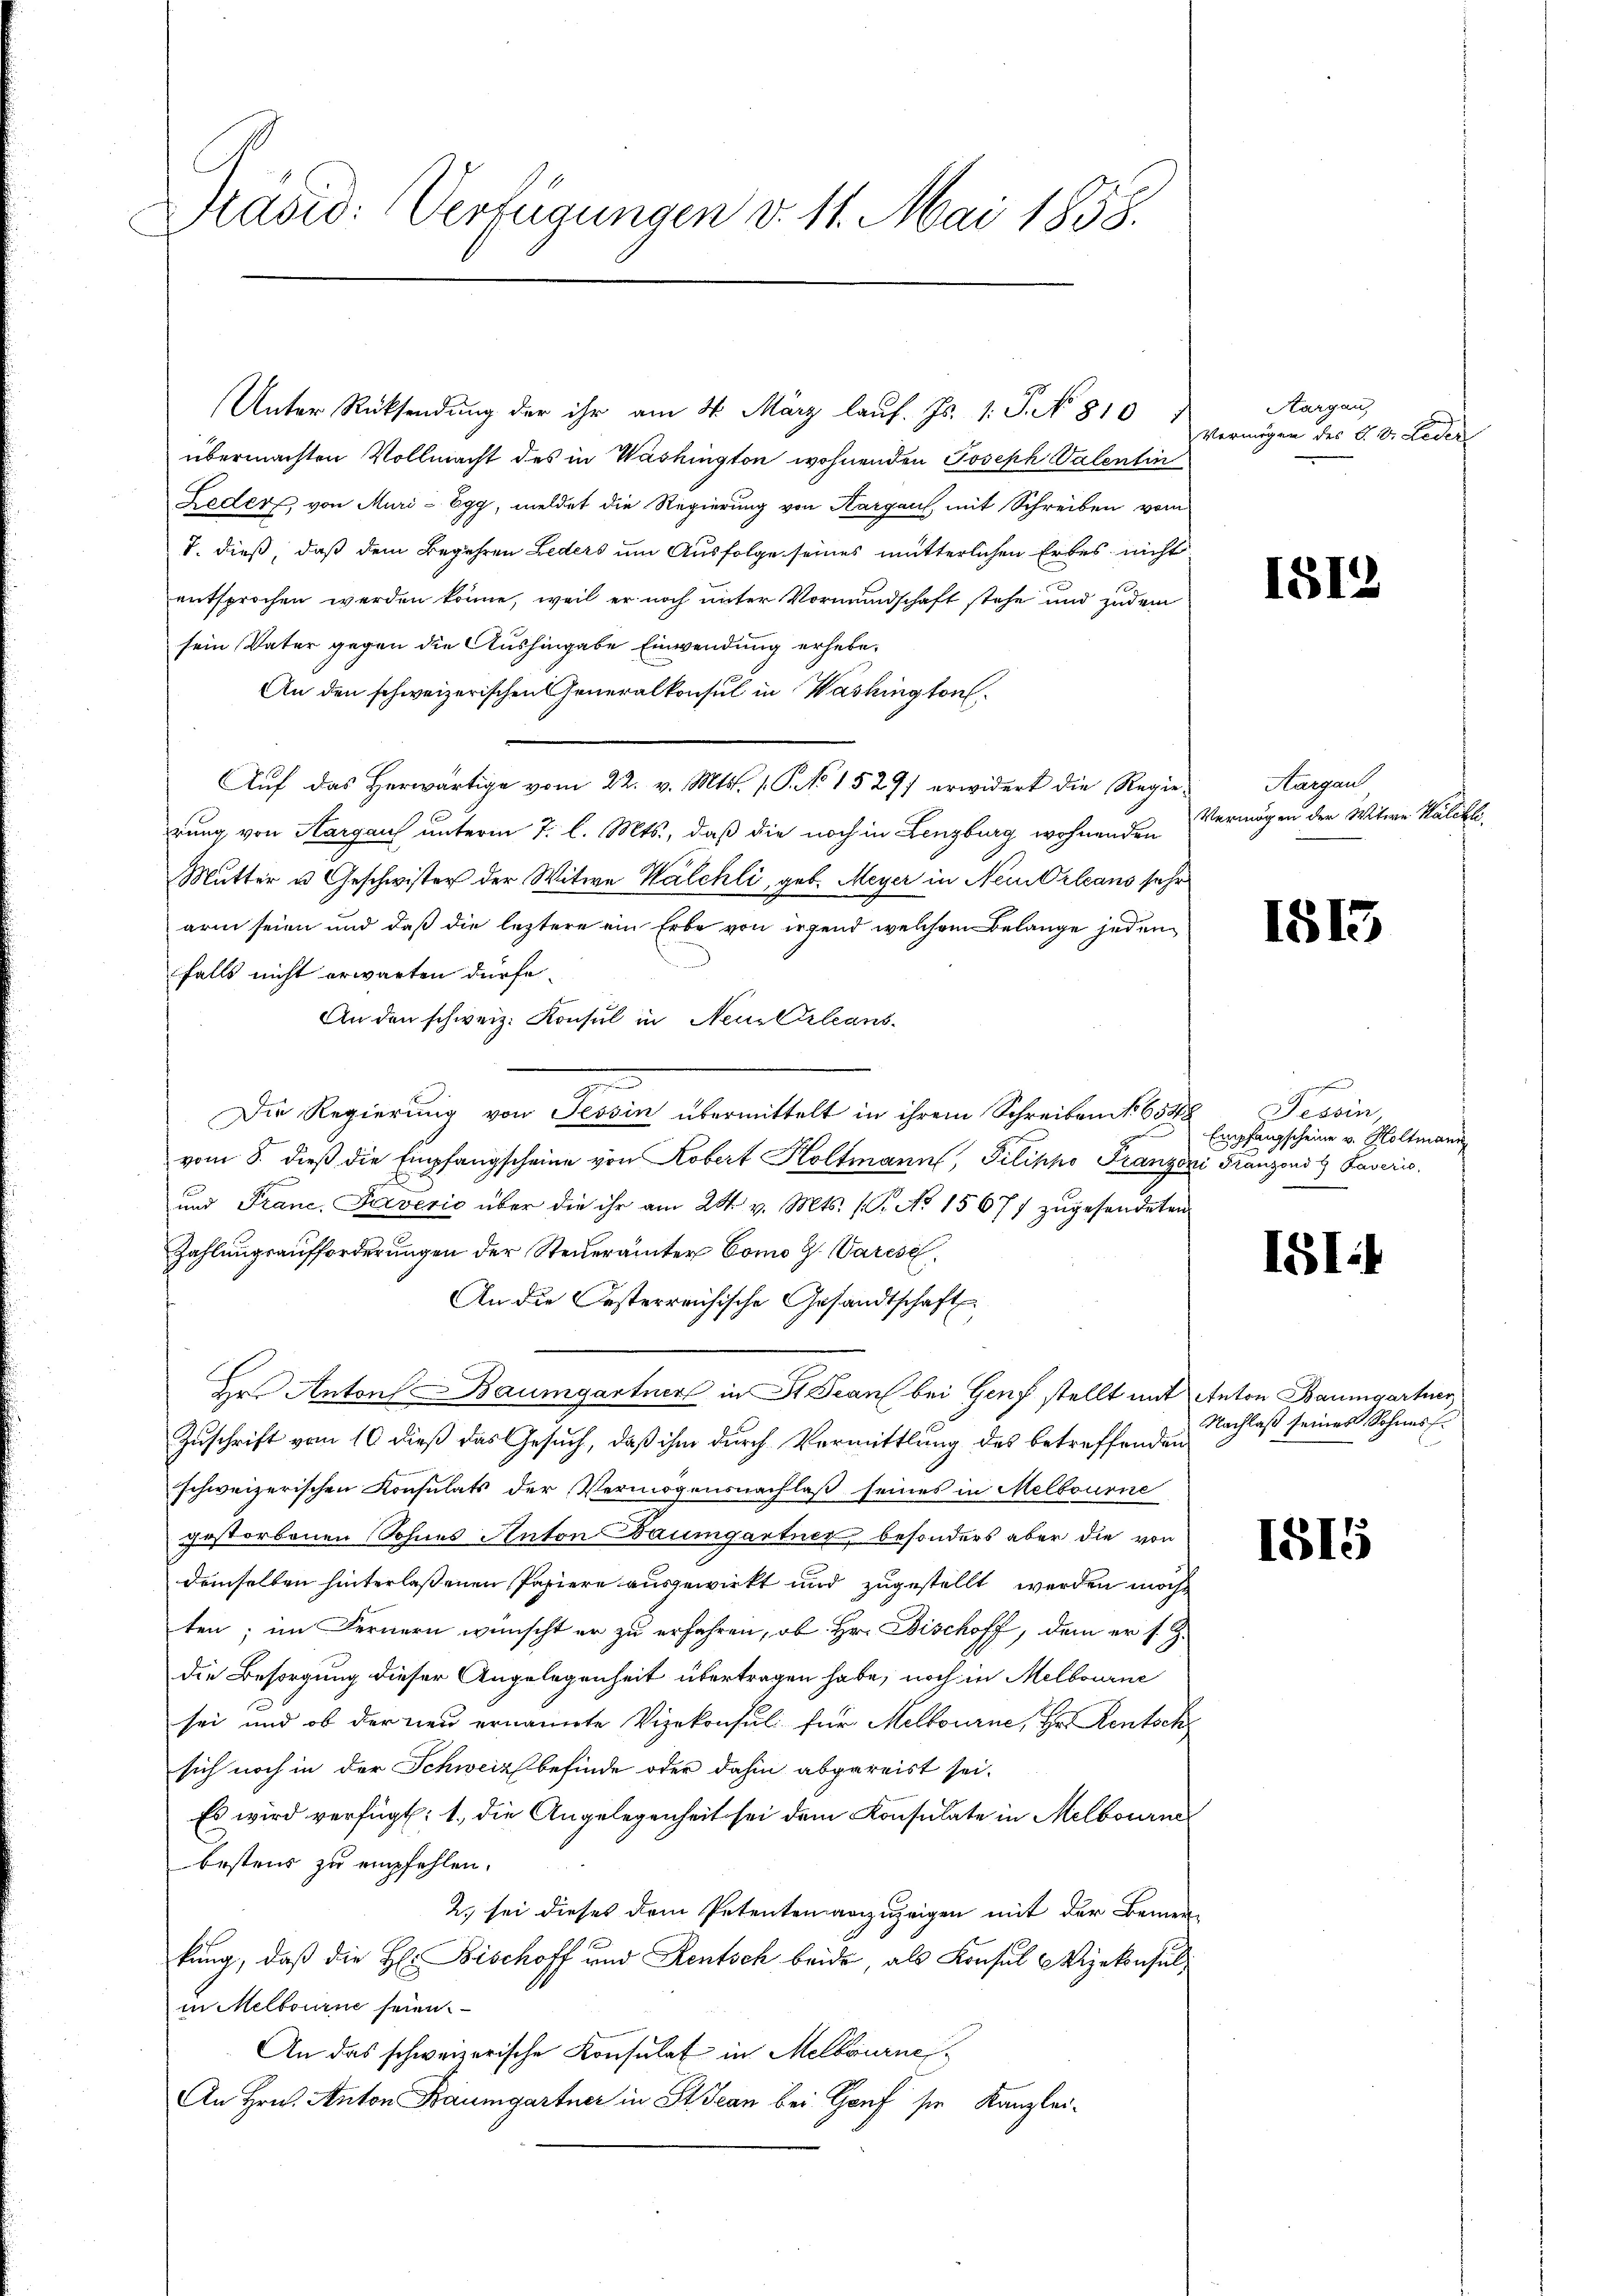
Pašid: Verfügungen v. 11. Mai 1858.

Unter Rücksendung der ihr am 4. März laŭf. Js. 1. J. No. 810
übermachten Vollmacht des in Washington wohnenden Joseph Valentin
Leder, von Muri - Egg, meldet die Regierung von Aargau, mit Schreiben vom
T. dieß, daß dem Begehren Leders um Ausfolge seines mütterlichen Erbes nicht
entsprochen werden könne, weil er noch unter Vormundschaft stehe und jedem
sein, Vater gegen die Aushingabe Einwendung erhebe¬
An den schweizerischen Generalkonsul in Washington
Aŭf das herwärtige vom 22. v. Mts. 1. P. No 15277 erwidert die Regie-
erung von Aargau unterm 7. l. Mts., daß die noch in Lenzburg wohnenden
Mutter u. Geschwister der Witwe Walchli, geb. Meyer in Neubrleans sehr
arm seien und daß die leztere ein Erbe von irgend welchem Belange jeden
falls nicht erwarten dürfe.
An den schweiz. Konsul in Neue Erleans
Die Regierung von Tessin übermittelt in ihrem Schreiben No 6548 Tessin,
vom 8. dieβ die Empfangscheine von Kobert Koltmann, Pilipho Franzoni Franzoni  Faveris,
und Franc, Freverić über die ihr am 24. v. Mts. (T. No 1567/ zŭgesendeten
Zahlungsaufforderungen der Steuerämter Como H. Varese
An die Festerreichische Gesandtschaft
Hr. Anton Baumgartner in St. Jean bei Genf stellt mit Anton Baumgartner
Zuschrift vom 10 dieß das Gesuch, daß ihm durch Vormittlung des betreffenden
schweizerischen Konsulats der Vermögensnachlaß seines in Melbourne
gestorbenen Sohnes Anton Baumgartner, besonders aber die von
demselben hinterlaßenen Pasiere ausgewirkt und zugestellt werden möcht
ten; im Fernern wünscht er zu erfahren, ob Hr. Bischoff, dem er s. Z.
die Besorgung dieser Angelegenheit übertragen habe, noch in Melbourne
sei und ob der neu ernannte Vizekonsul für Mellourne, Hr. Rentsch
sich noch in der Schweiz befinde oder dahin abgereist sei.
Es wird verfügt: 1., die Angelegenheit sei dem Konsulate in Melbourna
bestens zu empfehlen.
2. sei dieses dem Petenten anzuzeigen mit der Bemerkung, daß die H: Bischoff und Rentsch beide, als Konsul Hizekonsulin Melbourne seien.
An das schweizerische Konsulat in Melbourne
An Hrn. Anton Baumgartner in St. Jean bei Hof sie Kanzlei-

Aargau,
Vermögen des S. Dr. Leder

181

Aargau
Vermögen der Witwe Kalchli

15)

c
Empfangscheine v. Holtmann

151)

Nachlaß seines Sohnesf

1515